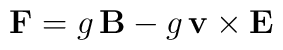
\mathbf{F}=g\,\mathbf{B}-g\,\mathbf{v}\times\mathbf{E}